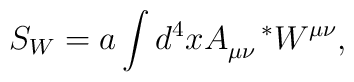
S_{W}=a\int d^{4}xA_{\mu\nu}^{~~~*}W^{\mu\nu},